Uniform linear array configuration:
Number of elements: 32
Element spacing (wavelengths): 1
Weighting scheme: binomial
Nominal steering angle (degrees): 30
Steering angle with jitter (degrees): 30.941
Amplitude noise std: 0.05
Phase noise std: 0.05

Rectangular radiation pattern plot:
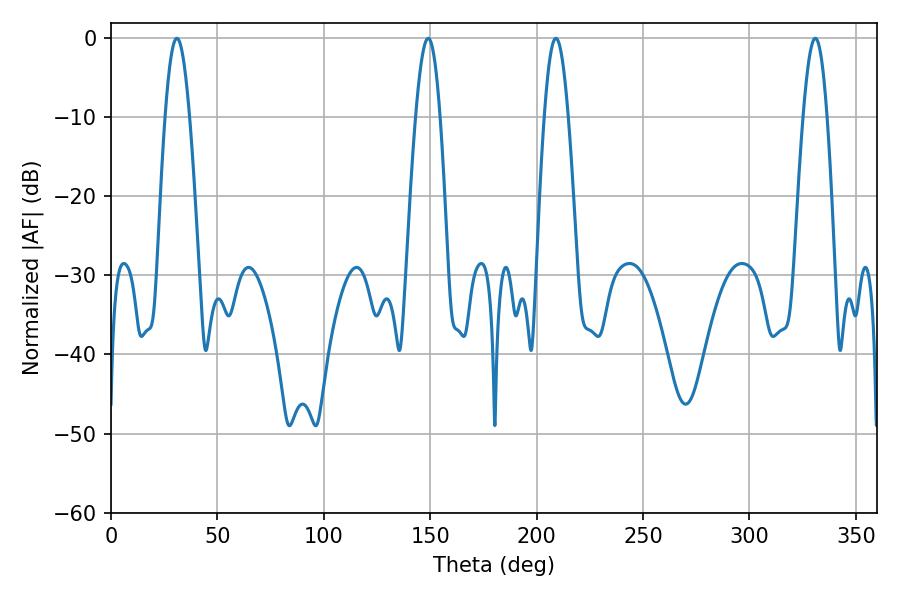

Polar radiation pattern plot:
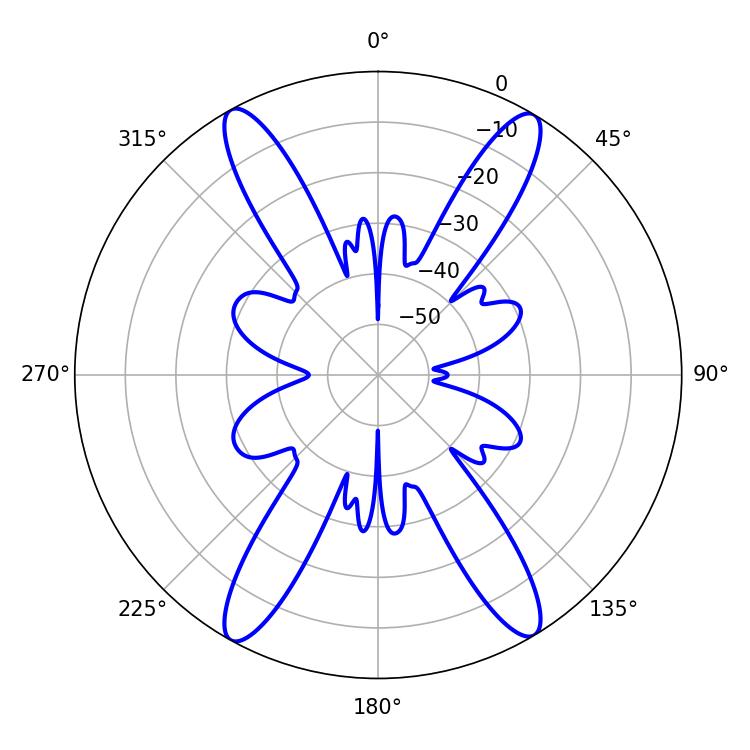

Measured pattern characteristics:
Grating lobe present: TRUE
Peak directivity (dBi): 23.519
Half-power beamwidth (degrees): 6.12
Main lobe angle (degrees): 30.96